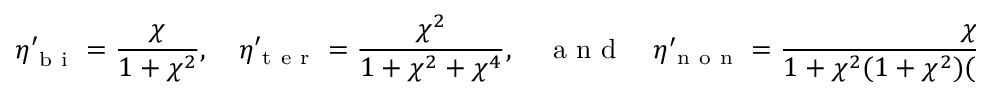
\eta _ { \mathrm { ~ b ~ i ~ } } ^ { \prime } = \frac { \chi } { 1 + \chi ^ { 2 } } , \quad \eta _ { \mathrm { ~ t ~ e ~ r ~ } } ^ { \prime } = \frac { \chi ^ { 2 } } { 1 + \chi ^ { 2 } + \chi ^ { 4 } } , \quad \mathrm { ~ a ~ n ~ d ~ } \quad \eta _ { \mathrm { ~ n ~ o ~ n ~ } } ^ { \prime } = \frac { \chi ^ { 8 } } { 1 + \chi ^ { 2 } ( 1 + \chi ^ { 2 } ) ( 1 + \chi ^ { 4 } ) ( 1 + \chi ^ { 8 } ) } ,